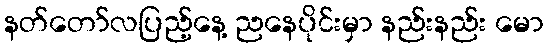
နတ်တော်လပြည့်နေ့ ညနေပိုင်းမှာ နည်းနည်း မော